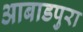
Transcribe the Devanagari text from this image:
आबाडपुरा